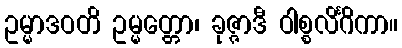
ဥမ္မာဒဝတိ ဥမ္မတ္တော၊ ခုဇ္ဇာဒီ ဝါစ္စလိင်္ဂိကာ။